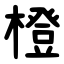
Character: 橙